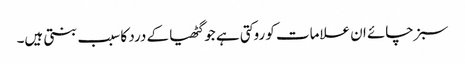
سبز چائے ان علامات کو روکتی ہے جو گٹھیا کے درد کا سبب بنتی ہیں۔